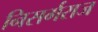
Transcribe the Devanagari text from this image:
निसर्गराज